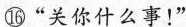
⑯”关你什么事！”